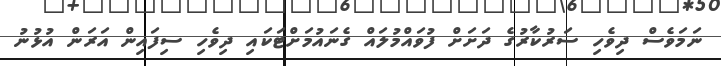
ނަމަވެސް ދިވެހި ސަރުކާރުގެ ދަށަށް ފުވައްމުލައް ގެނައުމަށްޓަކައި ދިވެހި ސިފައިން އަރަން އުޅުނު